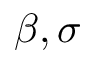
\beta , \sigma